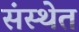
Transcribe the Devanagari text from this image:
संस्‍थेत